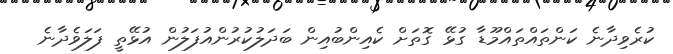
ކުރެވިދާނެ ކަންތައްތައްމޫޑާ ގުޅޭ ގޮތަށް ކެއިންބުއިން ބަދަލުކުރުންއުފަލުން އުޅޭތީ ފަލަވެދާނެ